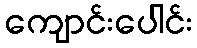
ကျောင်းပေါင်း